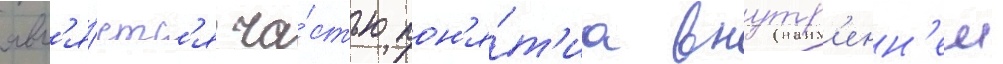
явл'я́етс'я ча́стью пон'я́т'иа внутр'енн'еи